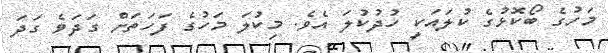
މަހުގެ ބޯކޮޅުގެ ކުލައަކީ ހުދުކުލަ އެވެ. މިކުލަ މަހުގެ ފަހަތަށް ގަދަވެ ގަދަ